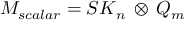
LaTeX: { \cal M } _ { s c a l a r } = { \cal S K } _ { n } \, \otimes \, { \cal Q } _ { m }